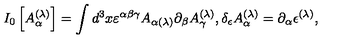
I _ { 0 } \left[ A _ { \alpha } ^ { ( \lambda ) } \right] = \int d ^ { 3 } x \varepsilon ^ { \alpha \beta \gamma } A _ { \alpha ( \lambda ) } \partial _ { \beta } A _ { \gamma } ^ { ( \lambda ) } , \delta _ { \epsilon } A _ { \alpha } ^ { ( \lambda ) } = \partial _ { \alpha } \epsilon ^ { ( \lambda ) } ,